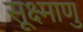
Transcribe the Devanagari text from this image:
सूक्ष्माणु